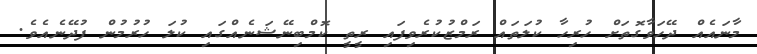
މާނައެއް ދޭހަވާގޮތަށް ހުރިހާ ކުލަތައް ރަމްޒުކުރެވިފައި ރީތީ ކޮމްބިނޭޝަނެއްގައި ކުލަ ހުރުމުން ފުދޭނެއެވެ.